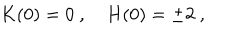
K ( 0 ) = 0 \ , \quad H ( 0 ) = \pm 2 \ ,